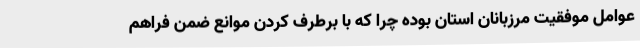
عوامل موفقیت مرزبانان استان بوده چرا که با برطرف کردن موانع ضمن فراهم